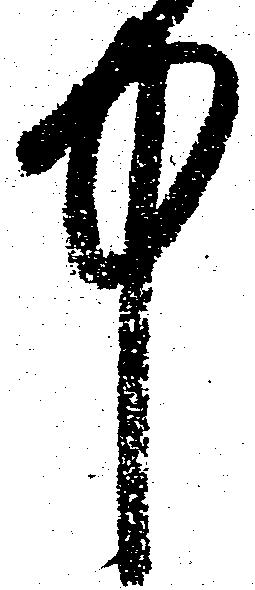
中